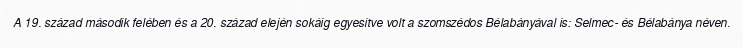
A 19. század második felében és a 20. század elején sokáig egyesítve volt a szomszédos Bélabányával is: Selmec- és Bélabánya néven.